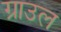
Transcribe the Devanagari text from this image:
ग्राउल